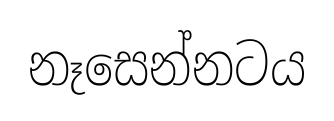
නෑසෙන්නටය